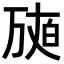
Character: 𤽩